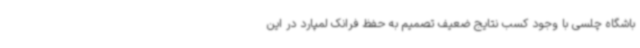
باشگاه چلسی با وجود کسب نتایج ضعیف تصمیم به حفظ فرانک لمپارد در این